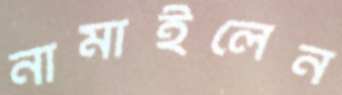
নামাইলেন